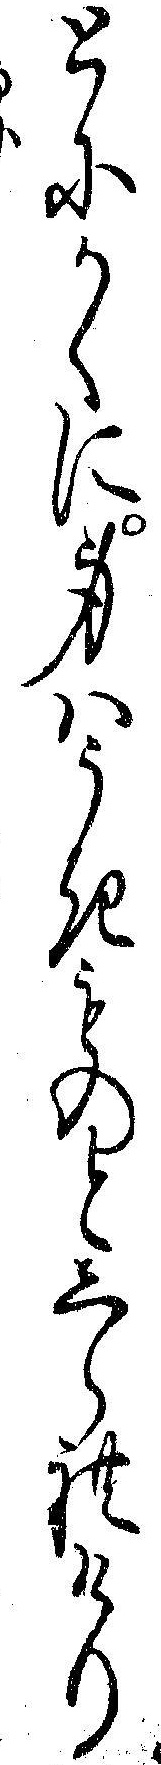
とにかくに身ハうきものとしられけり